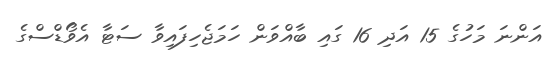
އަންނަ މަހުގެ 15 އަދި 16 ގައި ބާއްވަން ހަމަޖެހިފައިވާ ސަޓާ އެވޯޑްސްގެ